Report on lock hospitals in British Burma
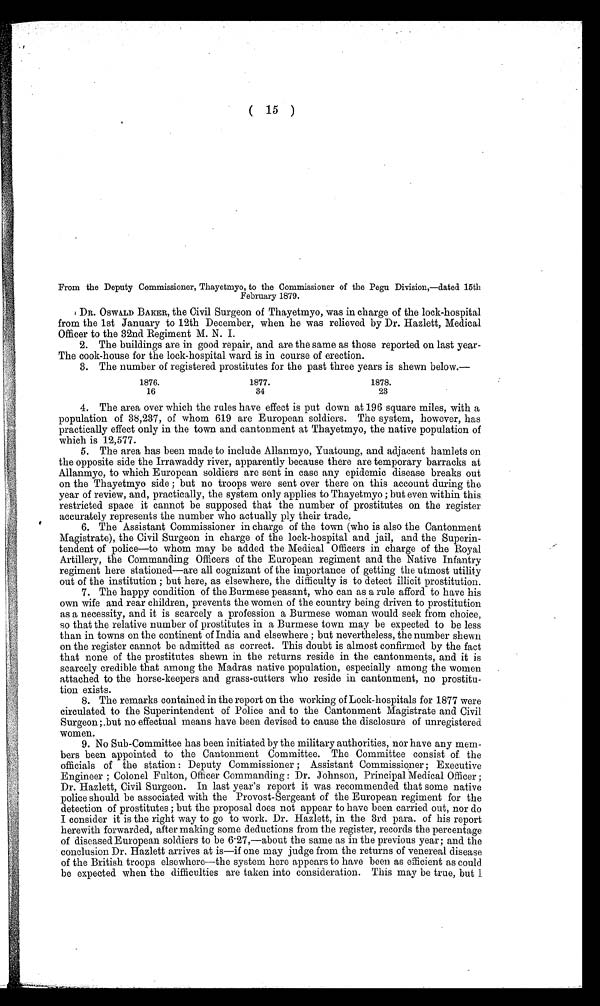
( 15 )
From the Deputy Commissioner, Thayetmyo, to the Commissioner of the Pegu Division,—dated 15th
February 1879.
DR. OSWALD BAKER, the Civil Surgeon of Thayetmyo, was in charge of the lock-hospital
from the 1st January to 12th December, when he was relieved by Dr. Hazlett, Medical
Officer to the 32nd Regiment M. N. I.
2. The buildings are in good repair, and are the same as those reported on last year-
The cook-house for the lock-hospital ward is in course of erection.
3. The number of registered prostitutes for the past three years is shewn below.-
1876.
1877.
1878.
16
34
23
4. The area over which the rules have effect is put down at 196 square miles, with a
population of 38,237, of whom 619 are European soldiers. The system, however, has
practically effect only in the town and cantonment at Thayetmyo, the native population of
which is 12,577.
5. The area has been made to include Allanmyo, Yuatoung, and adjacent hamlets on
the opposite side the Irrawaddy river, apparently because there are temporary barracks at
Allanmyo, to which European soldiers are sent in case any epidemic disease breaks out
on the Thayetmyo side ; but no troops were sent over there on this account during the
year of review, and, practically, the system only applies to Thayetmyo ; but even within this
restricted space it cannot be supposed that the number of prostitutes on the register
accurately represents the number who actually ply their trade.
6. The Assistant Commissioner in charge of the town (who is also the Cantonment
Magistrate), the Civil Surgeon in charge of the lock-hospital and jail, and the Superin-
tendent of police—to whom may be added the Medical Officers in charge of the Royal
Artillery, the Commanding Officers of the European regiment and the Native Infantry
regiment here stationed—are all cognizant of the importance of getting the utmost utility
out of the institution ; but here, as elsewhere, the difficulty is to detect illicit prostitution.
7. The happy condition of the Burmese peasant, who can as a rule afford to have his
own wife and rear children, prevents the women of the country being driven to prostitution
as a necessity, and it is scarcely a profession a Burmese woman would seek from choice,
so that the relative number of prostitutes in a Burmese town may be expected to be less
than in towns on the continent of India and elsewhere ; but nevertheless, the number shewn
on the register cannot be admitted as correct. This doubt is almost confirmed by the fact
that none of the prostitutes shewn in the returns reside in the cantonments, and it is
scarcely credible that among the Madras native population, especially among the women
attached to the horse-keepers and grass-cutters who reside in cantonment, no prostitu-
tion exists.
8. The remarks contained in the report on the working of Lock-hospitals for 1877 were
circulated to the Superintendent of Police and to the Cantonment Magistrate and Civil
Surgeon ;.but no effectual means have been devised to cause the disclosure of unregistered
women.
9. No Sub-Committee has been initiated by the military authorities, nor have any mem-
bers been appointed to the Cantonment Committee. The Committee consist of the
officials of the station : Deputy Commissioner ; Assistant Commissioner ; Executive
Engineer ; Colonel Fulton, Officer Commanding : Dr. Johnson, Principal Medical Officer ;
Dr. Hazlett, Civil Surgeon. In last year's report it was recommended that some native
police should be associated with the Provost-Sergeant of the European regiment for the
detection of prostitutes ; but the proposal does not appear to have been carried out, nor do
I consider it is the right way to go to work. Dr. Hazlett, in the 3rd para. of his report
herewith forwarded, after making some deductions from the register, records the percentage
of diseased European soldiers to be 6 . 27,—about the same as in the previous year; and the
conclusion Dr. Hazlett arrives at is—if one may judge from the returns of venereal disease
of the British troops elsewhere—the system here appears to have been as efficient as could
be expected when the difficulties are taken into consideration. This may be true, but I